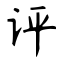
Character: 评